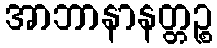
အာဘာနာနတ္တဉ္စ